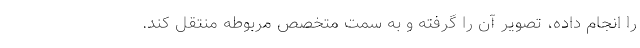
را انجام داده، تصویر آن را گرفته و به سمت متخصص مربوطه منتقل کند.